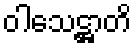
ဝါသေဋ္ဌာတိ